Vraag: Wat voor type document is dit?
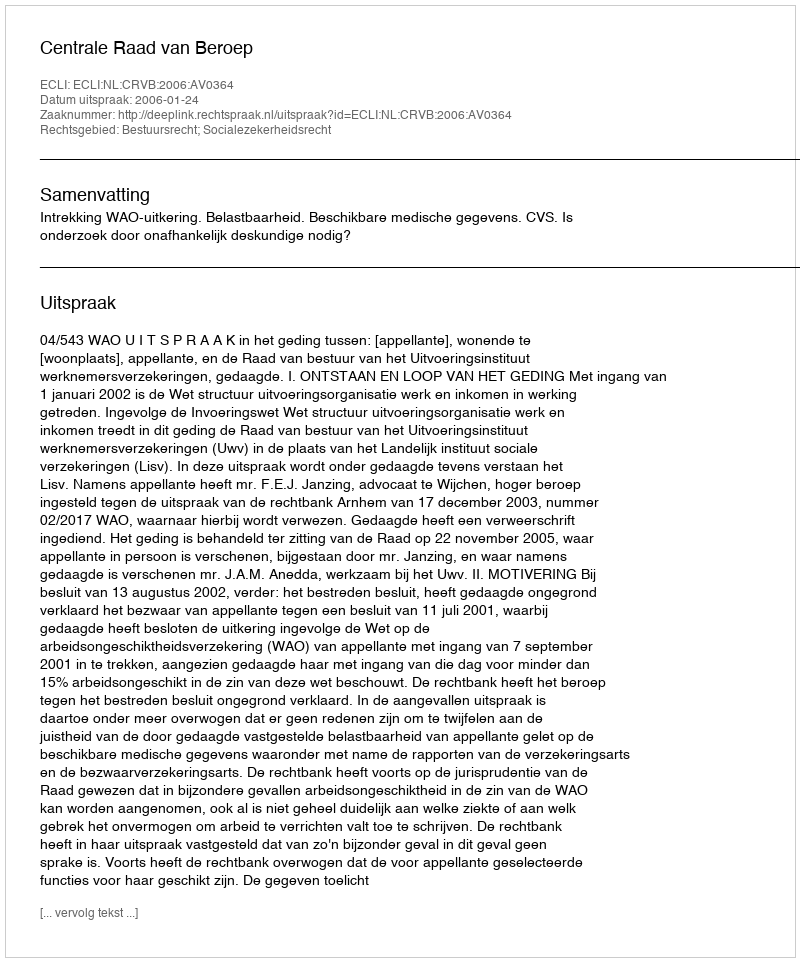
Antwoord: Uitspraak